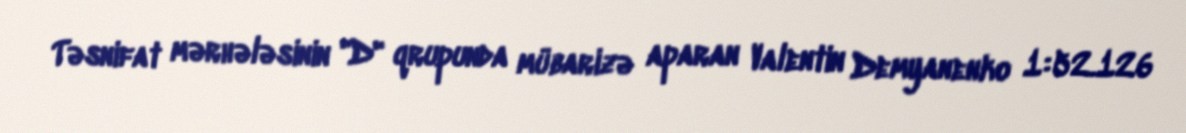
Təsnifat mərhələsinin "D" qrupunda mübarizə aparan Valentin Demyanenko 1:52.126